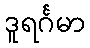
ဒူရင်္ဂမာ